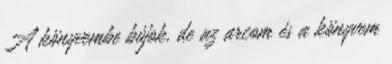
A könyvembe bújok, de az arcom és a könyvem